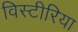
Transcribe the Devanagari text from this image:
विस्टीरिया